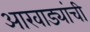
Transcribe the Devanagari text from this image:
आखाड्यांची